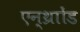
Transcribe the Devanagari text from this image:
एन्थ्राोंड